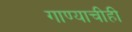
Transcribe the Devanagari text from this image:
गाण्याचीही